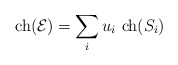
\begin{align*}{\rm ch}({\cal E})= \sum_i u_i\ {\rm ch}(S_i)\end{align*}